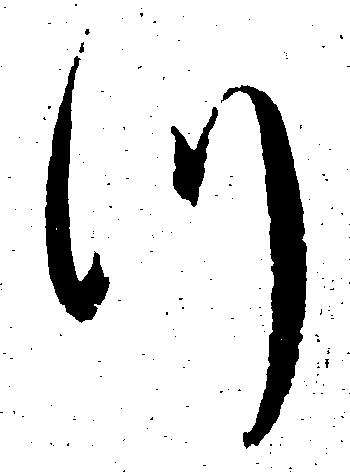
つ